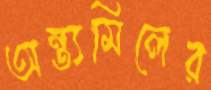
অন্ত্যমিলের